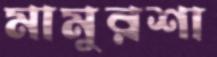
মামুরশা